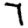
Digit: 7